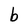
Character: b